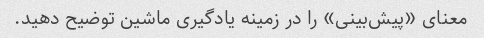
معنای «پیش‌بینی» را در زمینه یادگیری ماشین توضیح دهید.